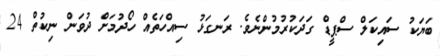
ބަޔަކު ސައިކަލް ސްޕީޑް ގަދަކުރުމުންނެވެ. ރަނގަޅު ސިއްހަތެއް ހޯދުމަށް ދުވަން ނިކުތް 24